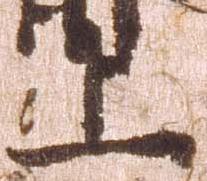
上